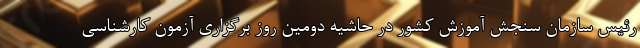
رئیس سازمان سنجش آموزش کشور در حاشیه دومین روز برگزاری آزمون کارشناسی